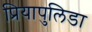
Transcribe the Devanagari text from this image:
प्रियापुलिडा